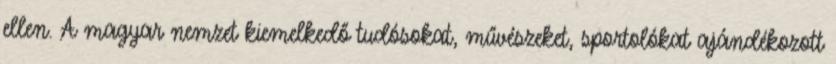
ellen. A magyar nemzet kiemelkedő tudósokat, művészeket, sportolókat ajándékozott